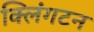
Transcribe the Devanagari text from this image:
क्लिंगटन